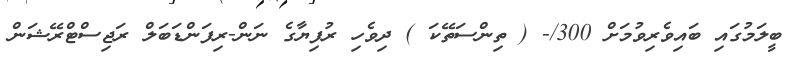
ބީލަމުގައި ބައިވެރިވުމަށް 300/- ( ތިންސަތޭކަ ) ދިވެހި ރުފިޔާގެ ނަން-ރިފަންޑަބަލް ރަޖިސްޓްރޭޝަން